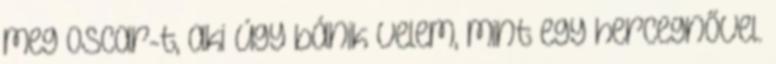
meg Oscar-t, aki úgy bánik velem, mint egy hercegnővel.